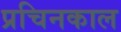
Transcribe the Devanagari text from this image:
प्रचिनकाल